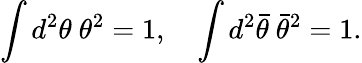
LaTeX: \int d^{2}\theta\ \theta^{2}=1,\quad\int d^{2}{\bar{\theta}}\ {\bar{\theta}}^{2}=1.